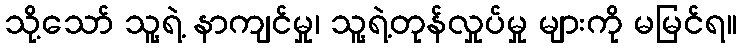
သို့သော် သူ့ရဲ့ နာကျင်မှု၊ သူ့ရဲ့တုန်လှုပ်မှု များကို မမြင်ရ။